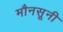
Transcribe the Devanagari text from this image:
मौनसूनी